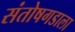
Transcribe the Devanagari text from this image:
संतोषगडाला